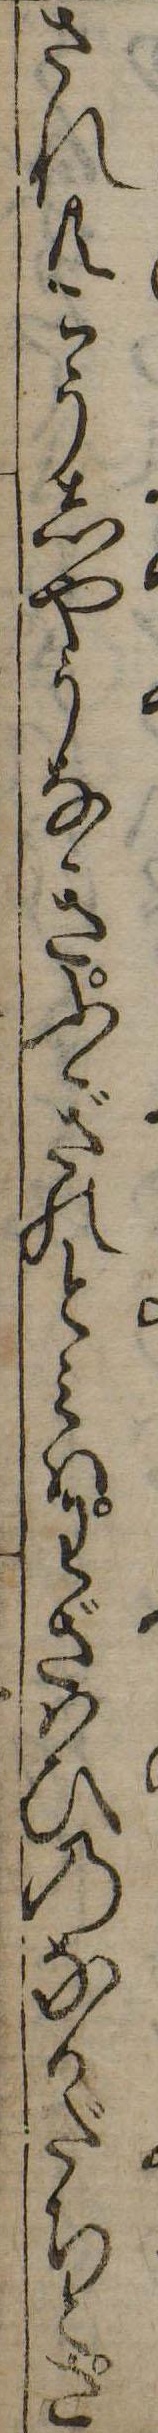
され共こうしやうなきふぎのとみはわざはひのなかだちとさ